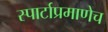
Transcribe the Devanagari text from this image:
स्पार्टाप्रमाणेच